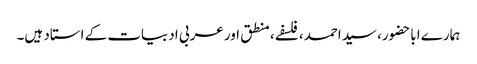
ہمارے اباحضور، سیداحمد، فلسفے، منطق اور عربی ادبیات کے استاد ہیں۔